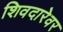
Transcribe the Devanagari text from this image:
शिवदारेवर